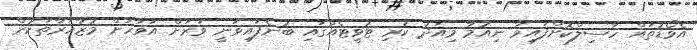
އެވޯޑުތައް ހާސިލްކޮށްފައިވާ ނިއުމާ މިއަދު ކުރި ޓުވީޓެއްގައި ބުނެފައިވަނީ ވަރަށް އަވަހަށް މުޒާހަރާތަކުން